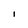
Character: i